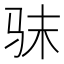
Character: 𮹅